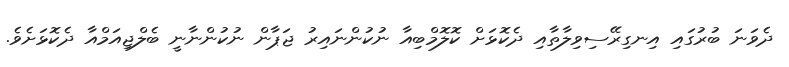
ދެވަނަ ބުރުގައި އިނގިރޭސިވިލާތާއި ދެކޮޅަށް ކޮލޮމްބިއާ ނުކުންނައިރު ޖަޕާން ނުކުންނާނީ ބެލްޖިއަމްއާ ދެކޮޅަށެވެ.